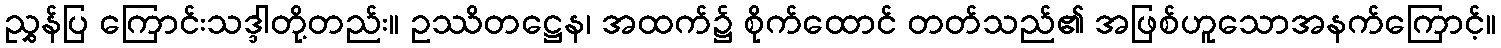
ညွှန်ပြ ကြောင်းသဒ္ဒါတို့တည်း။ ဥဿိတဋ္ဌေန၊ အထက်၌ စိုက်ထောင် တတ်သည်၏ အဖြစ်ဟူသောအနက်ကြောင့်။